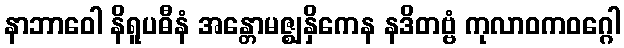
နာဘာဝေါ နိရူပဓီနံ အန္တောမဇ္ဈနှိကေန နဒိတဗ္ဗံ ကုလာဝကဝဂ္ဂေါ